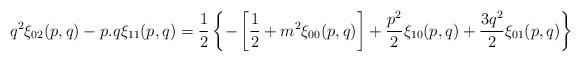
LaTeX: \begin{align*}q^2\xi_{02}(p,q) - p.q\xi_{11}(p,q) = {1\over2}\left\{-\left[{1\over 2} + m^2\xi_{00}(p,q)\right] + {p^2\over 2} \xi_{10} (p,q) + {3q^2\over 2}\xi_{01}(p,q)\right\}\end{align*}